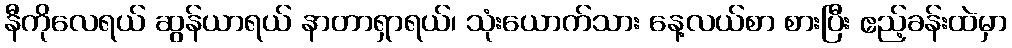
နီကိုလေရယ် ဆွန်ယာရယ် နာတာရှာရယ်၊ သုံးယောက်သား နေ့လယ်စာ စားပြီး ဧည့်ခန်းထဲမှာ